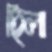
ছিলা